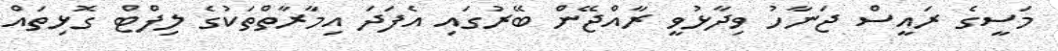
މަސީގެ ރައީސް ޖަނާހު ވިދާޅުވީ ރާއްޖޭން ބޭރުގައި އެފަދަ އިމާރާތްތަކުގެ ލިފްޓް ގޮޅިތައް